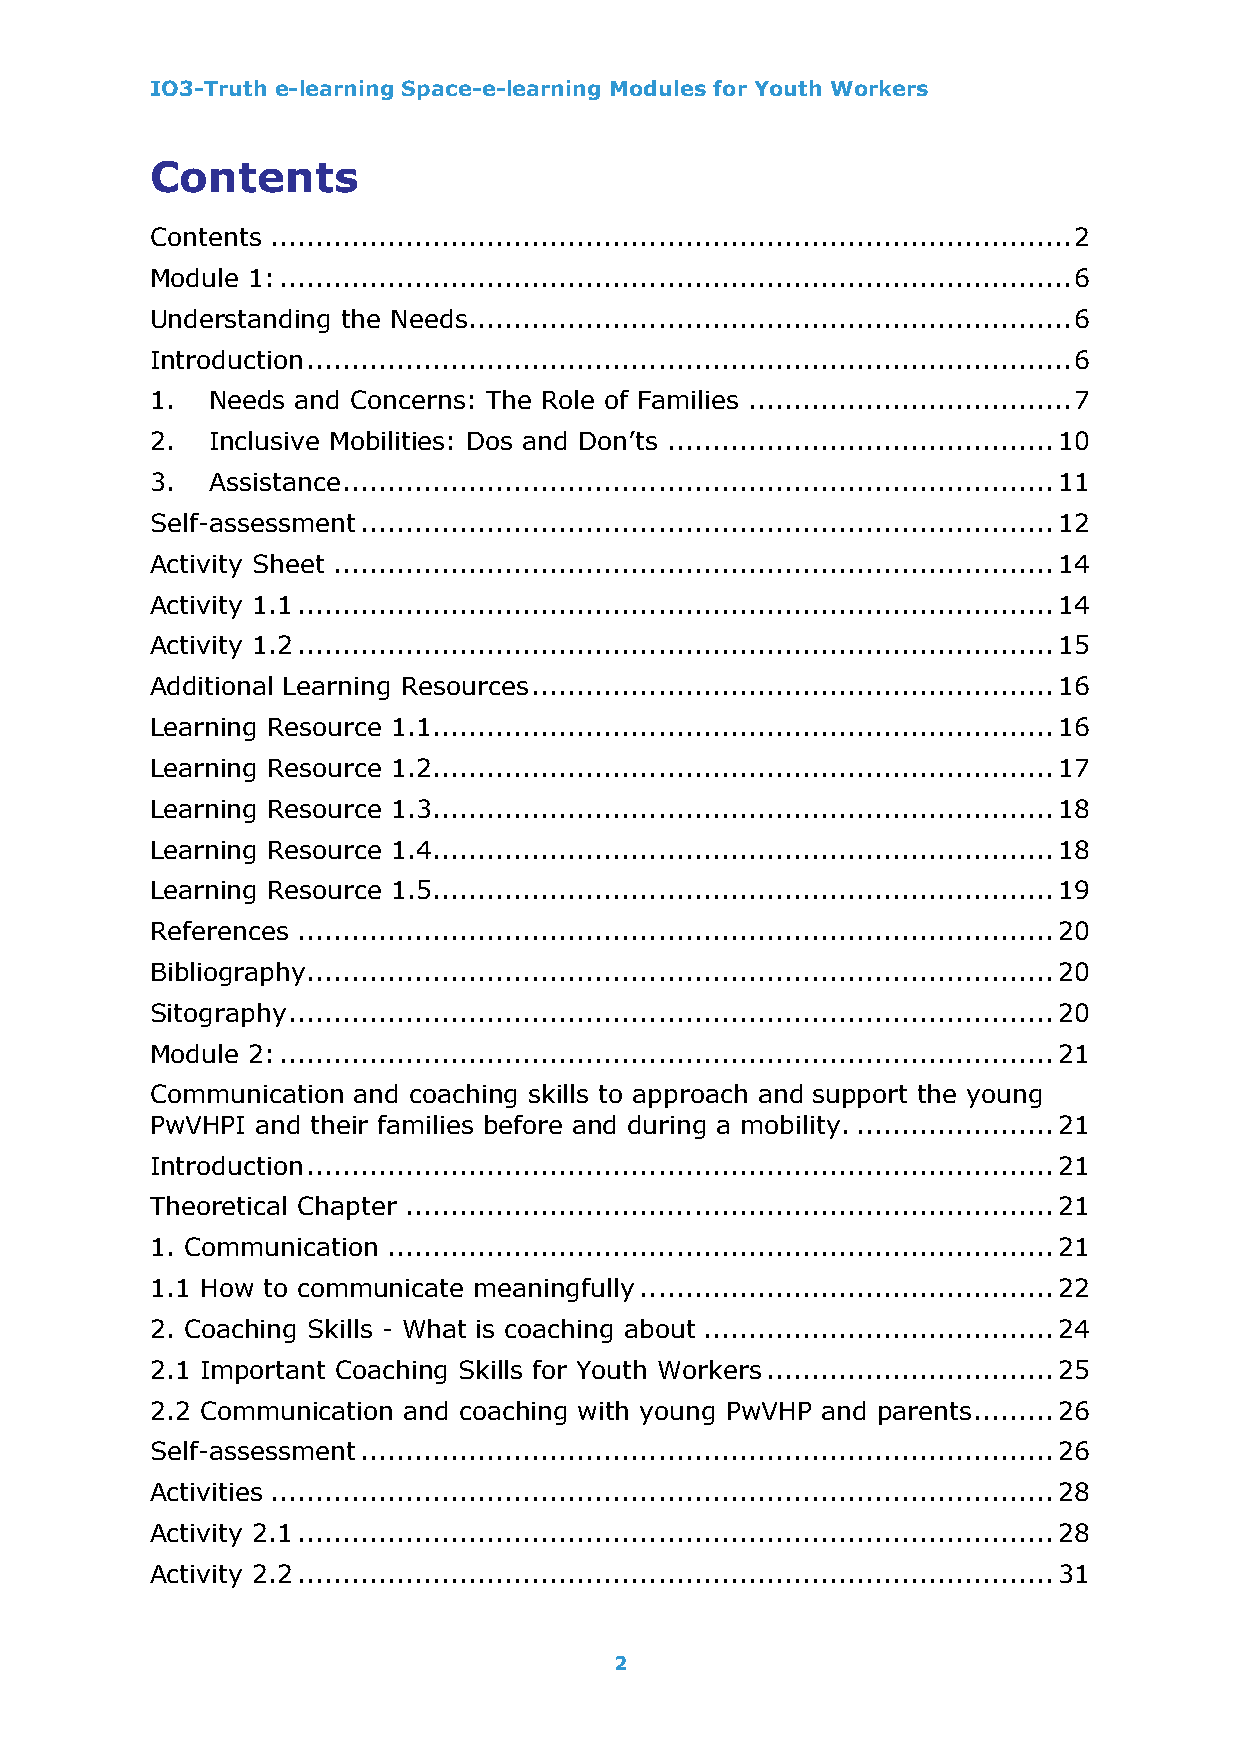
IO3-Truth e-learning Space-e-learning Modules for Youth Workers
 Contents
 Contents ......................................................................................... 2
 Module 1: ........................................................................................ 6
 Understanding the Needs................................................................... 6
 Introduction ..................................................................................... 6
 1.  Needs and Concerns: The Role of Families .................................... 7
 2.  Inclusive Mobilities: Dos and Don’ts ........................................... 10
 3.  Assistance ............................................................................... 11
 Self-assessment ............................................................................. 12
 Activity Sheet ................................................................................ 14
 Activity 1.1 .................................................................................... 14
 Activity 1.2 .................................................................................... 15
 Additional Learning Resources .......................................................... 16
 Learning Resource 1.1..................................................................... 16
 Learning Resource 1.2..................................................................... 17
 Learning Resource 1.3..................................................................... 18
 Learning Resource 1.4..................................................................... 18
 Learning Resource 1.5..................................................................... 19
 References .................................................................................... 20
 Bibliography................................................................................... 20
 Sitography ..................................................................................... 20
 Module 2: ...................................................................................... 21
 Communication and coaching skills to approach and support the young
 PwVHPI and their families before and during a mobility. ...................... 21
 Introduction ................................................................................... 21
 Theoretical Chapter ........................................................................ 21
 1. Communication .......................................................................... 21
 1.1 How to communicate meaningfully .............................................. 22
 2. Coaching Skills - What is coaching about ....................................... 24
 2.1 Important Coaching Skills for Youth Workers ................................ 25
 2.2 Communication and coaching with young PwVHP and parents ......... 26
 Self-assessment ............................................................................. 26
 Activities ....................................................................................... 28
 Activity 2.1 .................................................................................... 28
 Activity 2.2 .................................................................................... 31
 2